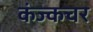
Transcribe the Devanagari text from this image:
कंज्कचर